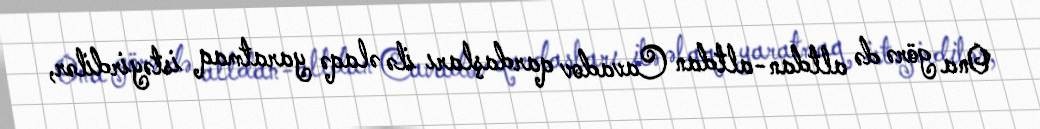
Ona görə də altdan-altdan Cavadov qardaşları ilə əlaqə yaratmaq istəyirdilər,